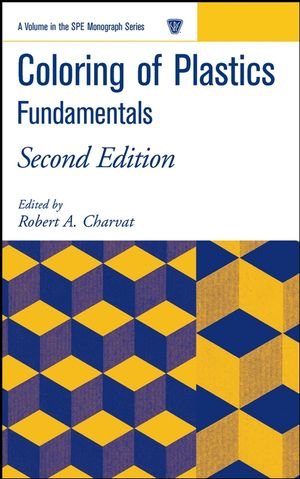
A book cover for Coloring of Plastics: Fundamentals; Science & Math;